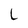
Character: L